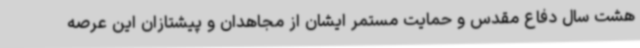
هشت سال دفاع مقدس و حمایت مستمر ایشان از مجاهدان و پیشتازان این عرصه